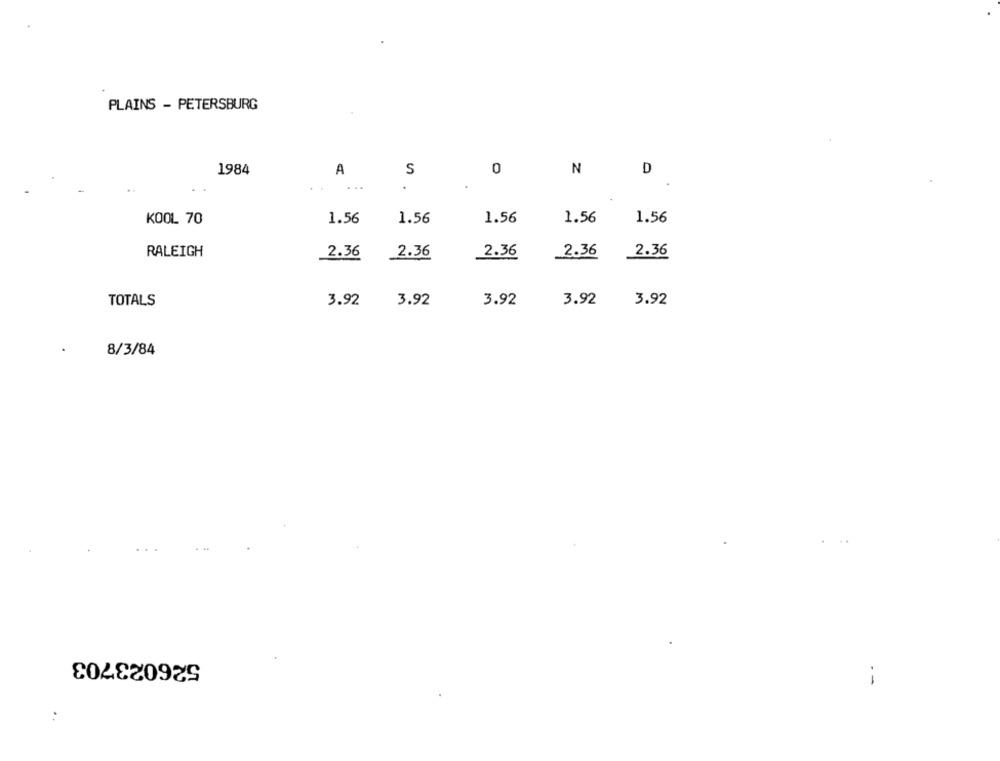
PLAINS - PETERSBURG
1984
A
S
0
N
D
...
KOOL 70
1.56
1.56
1.56
1.56
1.56
RALEIGH
2.36
2.36
2.36
2.36
2.36
TOTALS
3.92
3.92
3.92
3.92
3.92
8/3/84
526023703
.-
. .